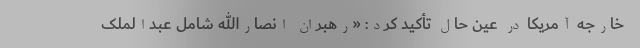
خارجه آمریکا در عین حال تأکید کرد: «رهبران انصارالله شامل عبدالملک